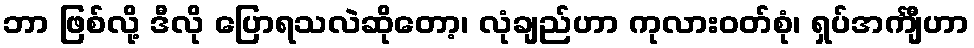
ဘာ ဖြစ်လို့ ဒီလို ပြောရသလဲဆိုတော့၊ လုံချည်ဟာ ကုလားဝတ်စုံ၊ ရှပ်အင်္ကျီဟာ